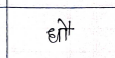
मजकूर: धौ